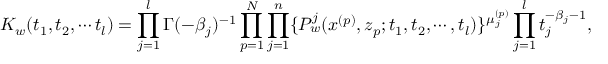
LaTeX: K _ { w } ( t _ { 1 } , t _ { 2 } , \cdots t _ { l } ) = \prod _ { j = 1 } ^ { l } \Gamma ( - \beta _ { j } ) ^ { - 1 } \prod _ { p = 1 } ^ { N } \prod _ { j = 1 } ^ { n } \{ P _ { w } ^ { j } ( x ^ { ( p ) } , z _ { p } ; t _ { 1 } , t _ { 2 } , \cdots , t _ { l } ) \} ^ { \mu _ { j } ^ { ( p ) } } \prod _ { j = 1 } ^ { l } t _ { j } ^ { - \beta _ { j } - 1 } ,